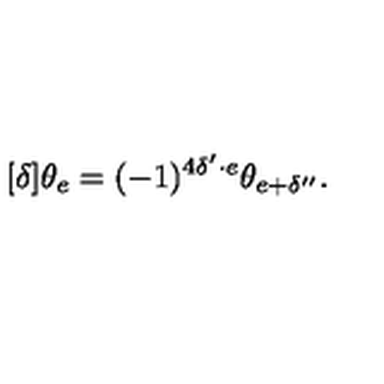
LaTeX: [ \delta ] \theta _ { e } = ( - 1 ) ^ { 4 \delta ^ { \prime } \cdot e } \theta _ { e + \delta ^ { \prime \prime } } .